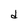
Character: d